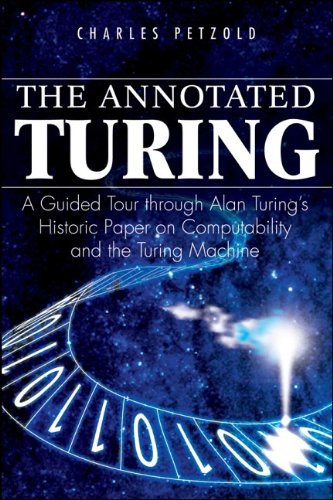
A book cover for The Annotated Turing: A Guided Tour Through Alan Turing's Historic Paper on Computability and the Turing Machine; Charles Petzold; Computers & Technology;